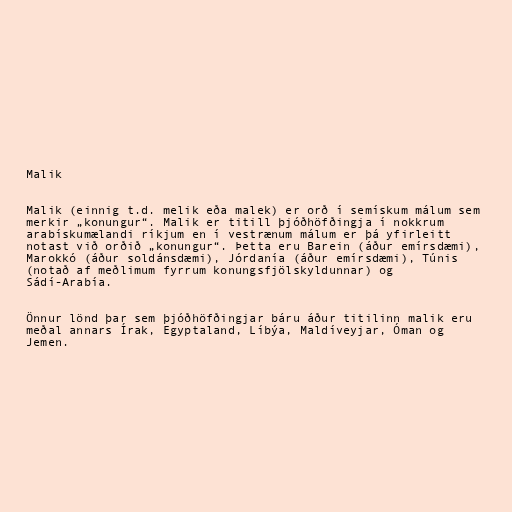
Malik

Malik (einnig t.d. melik eða malek) er orð í semískum málum sem
merkir „konungur“. Malik er titill þjóðhöfðingja í nokkrum
arabískumælandi ríkjum en í vestrænum málum er þá yfirleitt
notast við orðið „konungur“. Þetta eru Barein (áður emírsdæmi),
Marokkó (áður soldánsdæmi), Jórdanía (áður emírsdæmi), Túnis
(notað af meðlimum fyrrum konungsfjölskyldunnar) og
Sádí-Arabía.

Önnur lönd þar sem þjóðhöfðingjar báru áður titilinn malik eru
meðal annars Írak, Egyptaland, Líbýa, Maldíveyjar, Óman og
Jemen.